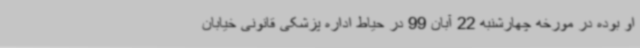
او بوده در مورخه چهارشنبه 22 آبان 99 در حیاط اداره پزشکی قانونی خیابان